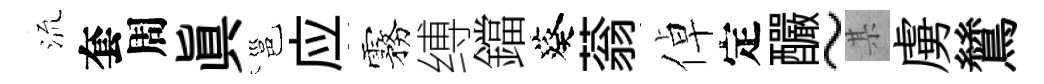
𣴑套周眞邕应霧缚鐺葵蓊倬定釅~某虜鷥